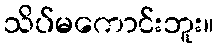
သိပ်မကောင်းဘူး။